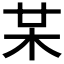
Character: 𣏼